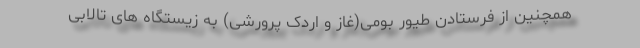
همچنین از فرستادن طیور بومی(غاز و اردک پرورشی) به زیستگاه های تالابی